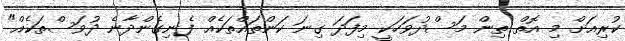
ކުރިއަށް މި އޮތް ތިން މަސްދުވަހަކީ މިފަދަ ގިނަ ކަންތައްތަކެއް ފެނިގެންދާނެ ދުވަސްތަކެއް"